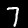
Digit: 7